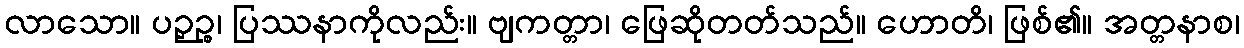
လာသော။ ပဉှဉ္စ၊ ပြဿနာကိုလည်း။ ဗျကတ္တာ၊ ဖြေဆိုတတ်သည်။ ဟောတိ၊ ဖြစ်၏။ အတ္တနာစ၊